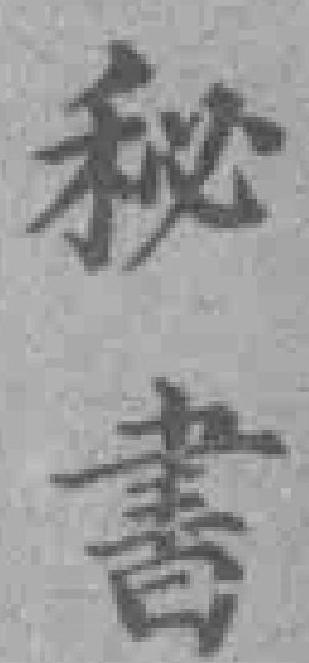
秘書